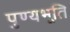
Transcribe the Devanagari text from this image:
पुण्यभूति